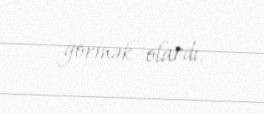
görmək olardı.